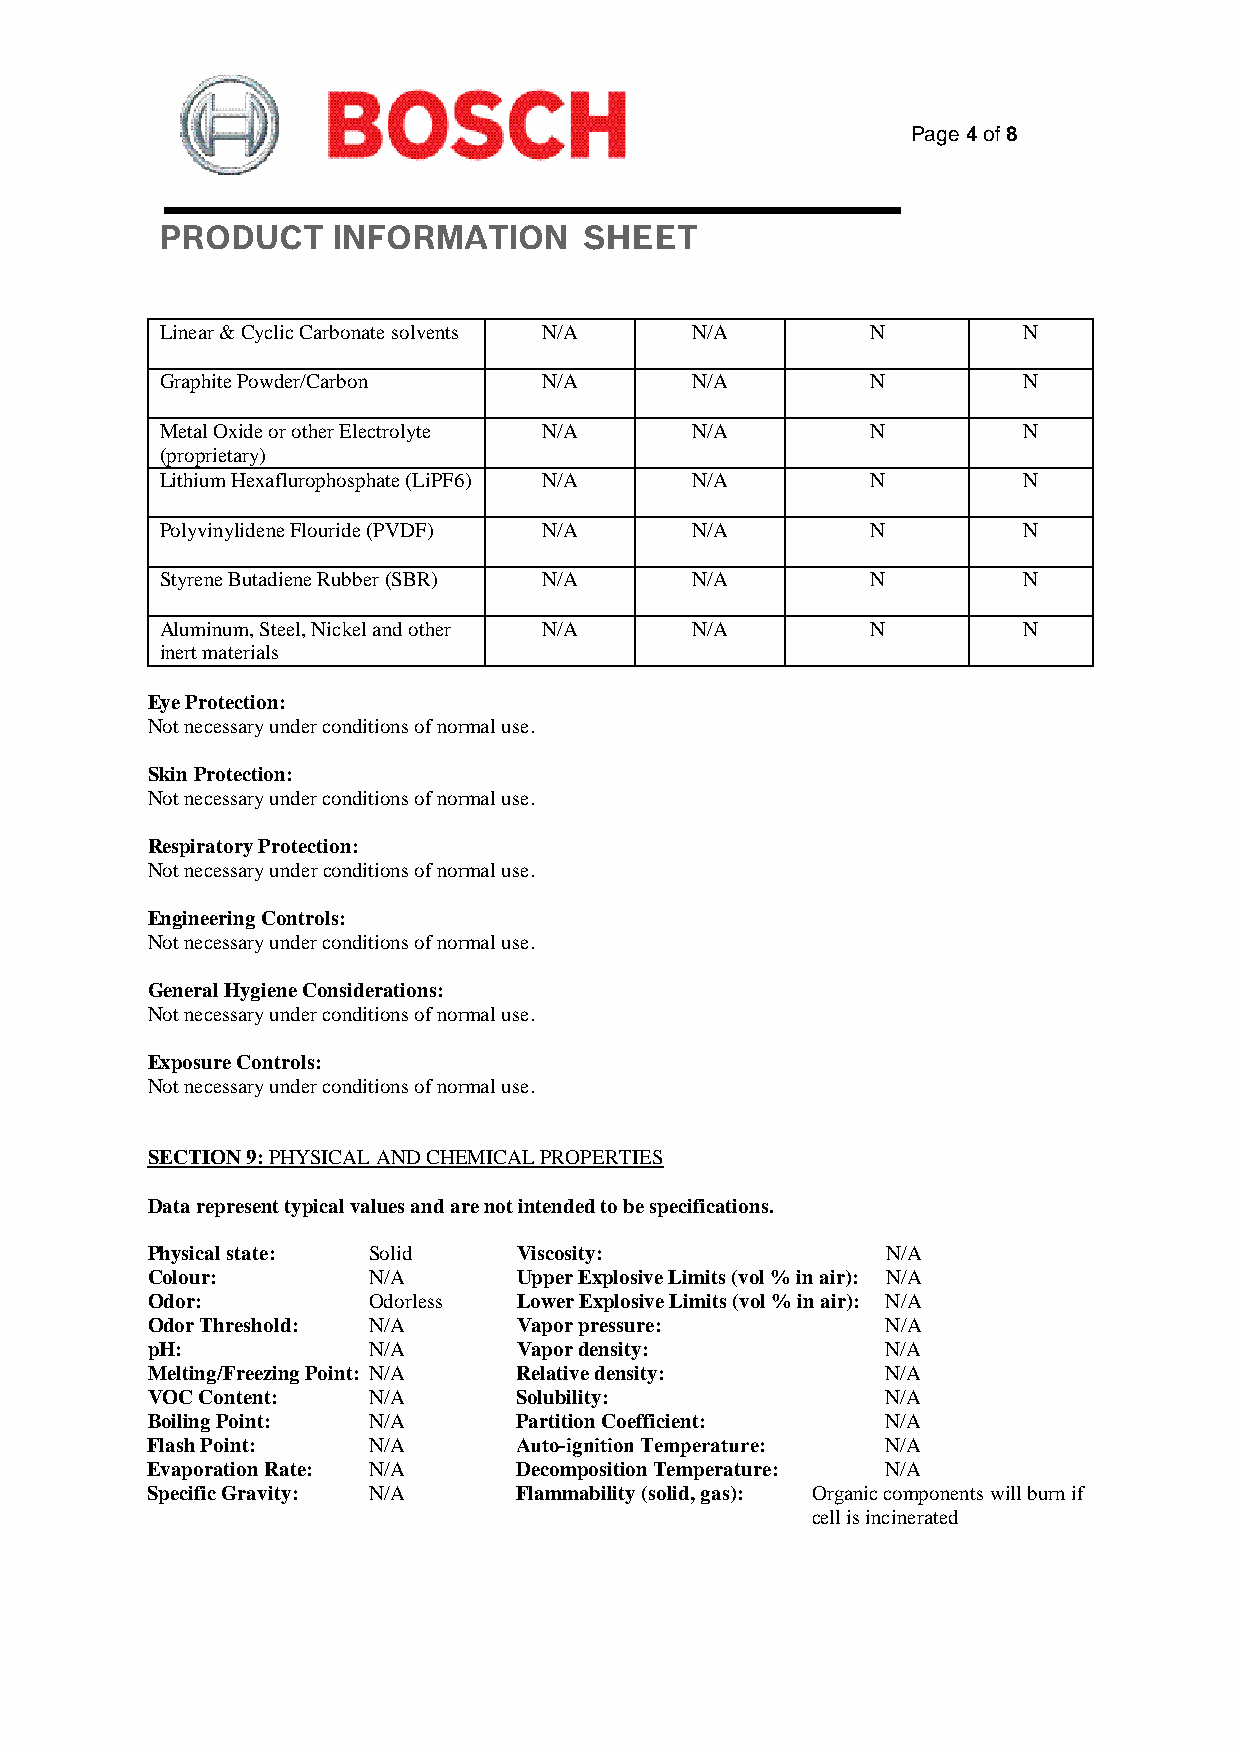
Page 4 of 8
 PRODUCT    INFORMATION      SHEET
 Linear & Cyclic Carbonate solvents N/A N/A     N         N
 Graphite Powder/Carbon   N/A       N/A         N         N
 Metal Oxide or other Electrolyte N/A N/A       N         N
 (proprietary)
 Lithium Hexaflurophosphate (LiPF6) N/A N/A     N         N
 Polyvinylidene Flouride (PVDF) N/A N/A         N         N
 Styrene Butadiene Rubber (SBR) N/A N/A         N         N
 Aluminum, Steel, Nickel and other N/A N/A      N         N
 inert materials
 Eye Protection:
 Not necessary under conditions of normal use.
 Skin Protection:
 Not necessary under conditions of normal use.
 Respiratory Protection:
 Not necessary under conditions of normal use.
 Engineering Controls:
 Not necessary under conditions of normal use.
 General Hygiene Considerations:
 Not necessary under conditions of normal use.
 Exposure Controls:
 Not necessary under conditions of normal use.
 SECTION 9: PHYSICAL AND CHEMICAL PROPERTIES
 Data represent typical values and are not intended to be specifications.
 Physical state: Solid   Viscosity:               N/A
 Colour:       N/A       Upper Explosive Limits (vol % in air): N/A
 Odor:         Odorless  Lower Explosive Limits (vol % in air): N/A
 Odor Threshold: N/A     Vapor pressure:          N/A
 pH:           N/A       Vapor density:           N/A
 Melting/Freezing Point: N/A Relative density:    N/A
 VOC Content:  N/A       Solubility:              N/A
 Boiling Point: N/A      Partition Coefficient:   N/A
 Flash Point:  N/A       Auto‐ignition Temperature: N/A
 Evaporation Rate: N/A   Decomposition Temperature: N/A
 Specific Gravity: N/A   Flammability (solid, gas): Organic components will burn if
 cell is incinerated